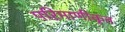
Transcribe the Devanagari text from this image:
परिमाणीकृत